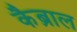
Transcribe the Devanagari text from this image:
कैब्राल